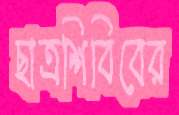
ছাত্রশিবিবের